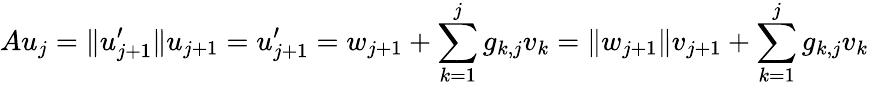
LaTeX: Au_{j}=\| u_{j+1}^{\prime}\| u_{j+1}=u_{j+1}^{\prime}=w_{j+1}+\sum_{k=1}^{j}g_{k,j}v_{k}=\| w_{j+1}\| v_{j+1}+\sum_{k=1}^{j}g_{k,j}v_{k}